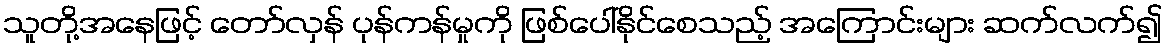
သူတို့အနေဖြင့် တော်လှန် ပုန်ကန်မှုကို ဖြစ်ပေါ်နိုင်စေသည့် အကြောင်းများ ဆက်လက်၍